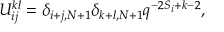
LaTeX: U _ { i j } ^ { k l } = \delta _ { i + j , N + 1 } \delta _ { k + l , N + 1 } q ^ { - 2 S _ { i } + k - 2 } ,